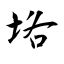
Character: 垎